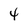
Character: 4